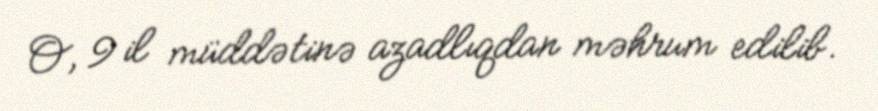
O, 9 il müddətinə azadlıqdan məhrum edilib.